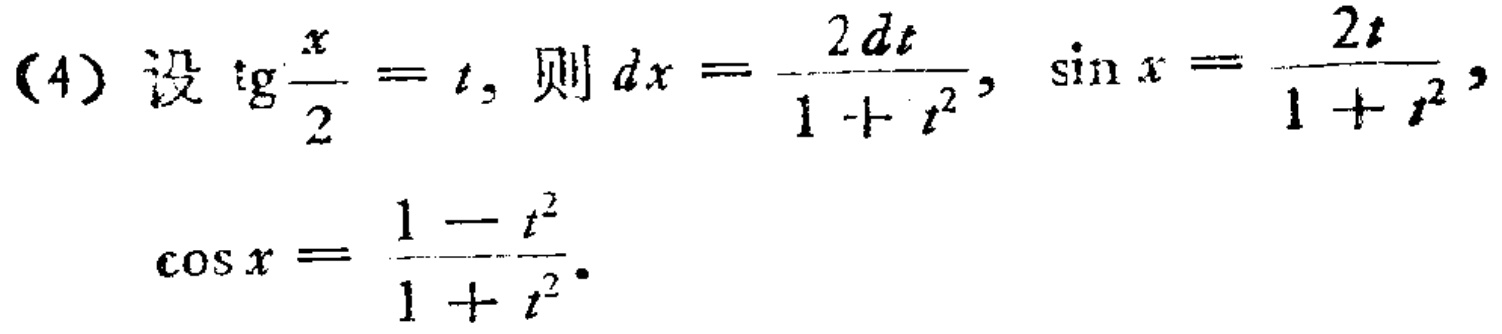
(4) 设\(\text{tg}\frac{x}{2}=t\)，则\(dx = \frac{2dt}{1 + t^{2}}\)，\(\sin x = \frac{2t}{1 + t^{2}}\)，\(\cos x = \frac{1 - t^{2}}{1 + t^{2}}\)。